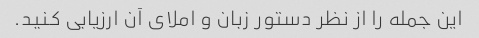
این جمله را از نظر دستور زبان و املای آن ارزیابی کنید.